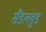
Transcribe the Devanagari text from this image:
सैंडलवुड